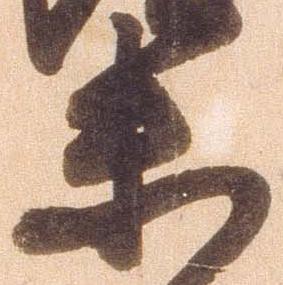
未